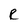
Character: R